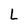
Character: L